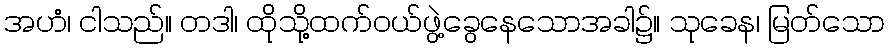
အဟံ၊ ငါသည်။ တဒါ၊ ထိုသို့ထက်ဝယ်ဖွဲ့ခွေနေသောအခါ၌။ သုခေန၊ မြတ်သော